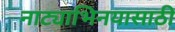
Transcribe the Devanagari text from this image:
नाट्याभिनयासाठी